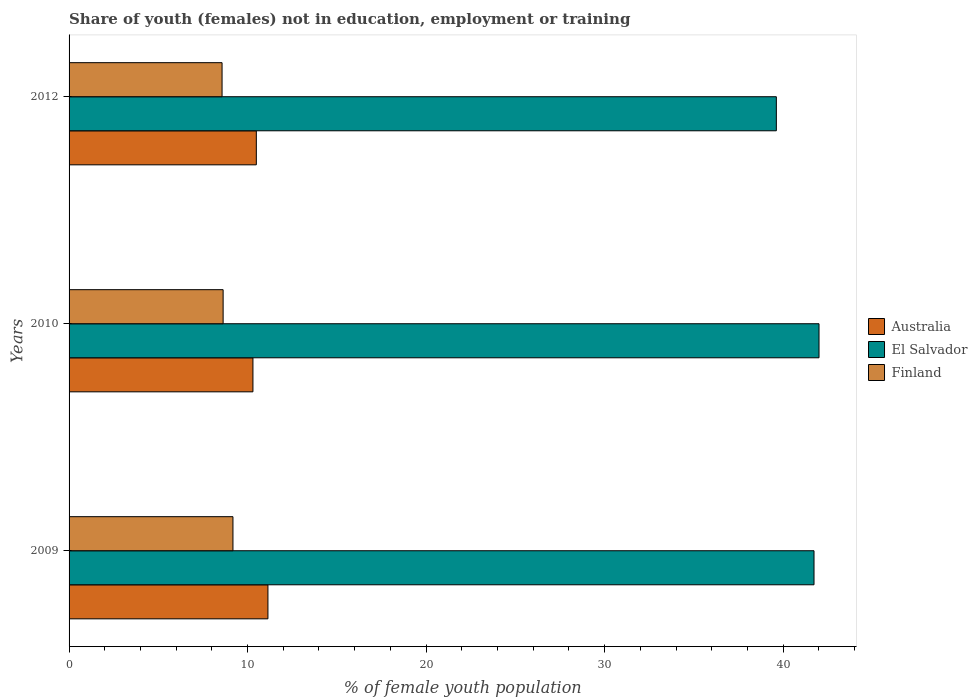
| Years | Australia | El Salvador | Finland |
 | --- | --- | --- | --- |
 | 2009 | 11.1 | 41.7 | 9.18 |
 | 2010 | 10.3 | 42 | 8.63 |
 | 2012 | 10.5 | 39.6 | 8.57 |